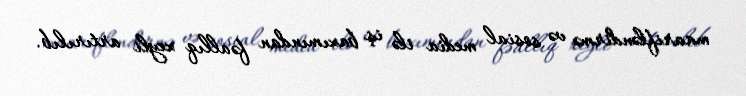
maarifləndirmə və sosial media ilə iş baxımından fəallıq xeyli artırılıb.